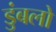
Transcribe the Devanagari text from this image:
डुंबलो